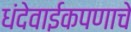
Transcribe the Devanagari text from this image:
धंदेवाईकपणाचे